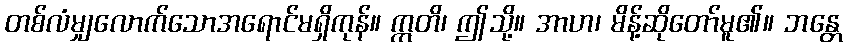
တစ်လံမျှလောက်သောအရောင်မရှိကုန်။ ဣတိ၊ ဤသို့။ အာဟ၊ မိန့်ဆိုတော်မူ၏။ ဘန္တေ